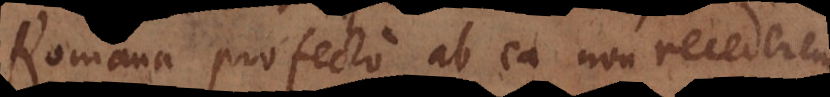
Romana profecto ab ea non recederem,